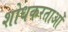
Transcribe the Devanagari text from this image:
शोधकरताओं